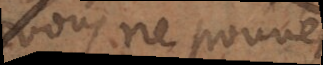
vous ne pouvés